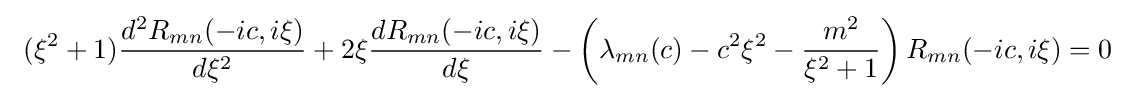
\ (\xi ^{2}+1){\frac {d^{2}R_{mn}(-ic,i\xi )}{d\xi ^{2}}}+2\xi {\frac {dR_{mn}(-ic,i\xi )}{d\xi }}-\left(\lambda _{mn}(c)-c^{2}\xi ^{2}-{\frac {m^{2}}{\xi ^{2}+1}}\right){R_{mn}(-ic,i\xi )}=0